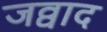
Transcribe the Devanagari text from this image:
जव्वाद